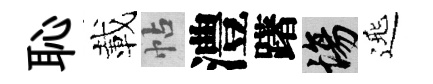
恥載帖澧躇場𨓱